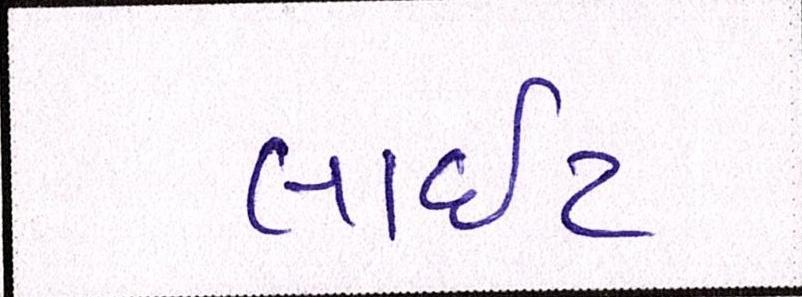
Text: લાઇટ